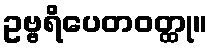
ဥဗ္ဗရိပေတဝတ္ထု။